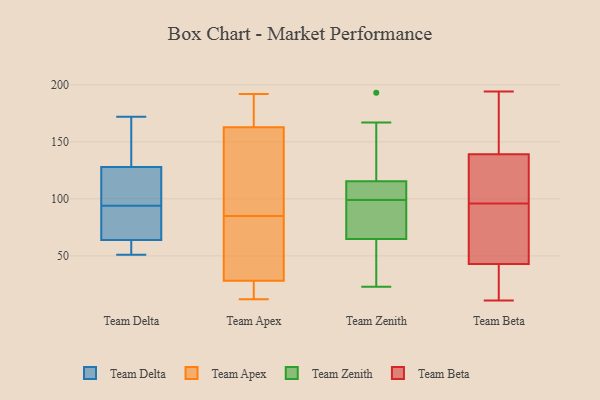
{"axis": {"x": "Satisfaction Score", "y": "Value"}, "legend": ["Team Apex", "Team Beta", "Team Delta", "Team Zenith"], "data": [{"x": "", "y": 138, "type": "Team Delta"}, {"x": "", "y": 51, "type": "Team Delta"}, {"x": "", "y": 61, "type": "Team Delta"}, {"x": "", "y": 53, "type": "Team Delta"}, {"x": "", "y": 172, "type": "Team Delta"}, {"x": "", "y": 73, "type": "Team Delta"}, {"x": "", "y": 94, "type": "Team Delta"}, {"x": "", "y": 86, "type": "Team Delta"}, {"x": "", "y": 120, "type": "Team Delta"}, {"x": "", "y": 125, "type": "Team Delta"}, {"x": "", "y": 129, "type": "Team Delta"}, {"x": "", "y": 29, "type": "Team Apex"}, {"x": "", "y": 28, "type": "Team Apex"}, {"x": "", "y": 157, "type": "Team Apex"}, {"x": "", "y": 163, "type": "Team Apex"}, {"x": "", "y": 44, "type": "Team Apex"}, {"x": "", "y": 12, "type": "Team Apex"}, {"x": "", "y": 176, "type": "Team Apex"}, {"x": "", "y": 85, "type": "Team Apex"}, {"x": "", "y": 188, "type": "Team Apex"}, {"x": "", "y": 162, "type": "Team Apex"}, {"x": "", "y": 18, "type": "Team Apex"}, {"x": "", "y": 192, "type": "Team Apex"}, {"x": "", "y": 23, "type": "Team Apex"}, {"x": "", "y": 91, "type": "Team Apex"}, {"x": "", "y": 62, "type": "Team Apex"}, {"x": "", "y": 193, "type": "Team Zenith"}, {"x": "", "y": 91, "type": "Team Zenith"}, {"x": "", "y": 116, "type": "Team Zenith"}, {"x": "", "y": 99, "type": "Team Zenith"}, {"x": "", "y": 167, "type": "Team Zenith"}, {"x": "", "y": 114, "type": "Team Zenith"}, {"x": "", "y": 95, "type": "Team Zenith"}, {"x": "", "y": 56, "type": "Team Zenith"}, {"x": "", "y": 41, "type": "Team Zenith"}, {"x": "", "y": 23, "type": "Team Zenith"}, {"x": "", "y": 103, "type": "Team Zenith"}, {"x": "", "y": 43, "type": "Team Beta"}, {"x": "", "y": 194, "type": "Team Beta"}, {"x": "", "y": 141, "type": "Team Beta"}, {"x": "", "y": 11, "type": "Team Beta"}, {"x": "", "y": 181, "type": "Team Beta"}, {"x": "", "y": 105, "type": "Team Beta"}, {"x": "", "y": 131, "type": "Team Beta"}, {"x": "", "y": 30, "type": "Team Beta"}, {"x": "", "y": 103, "type": "Team Beta"}, {"x": "", "y": 37, "type": "Team Beta"}, {"x": "", "y": 89, "type": "Team Beta"}, {"x": "", "y": 139, "type": "Team Beta"}, {"x": "", "y": 51, "type": "Team Beta"}, {"x": "", "y": 51, "type": "Team Beta"}]}